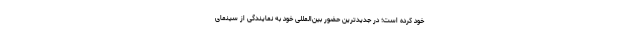
خود کرده است؛ در جدیدترین حضور بین‌المللی خود به نمایندگی از سینمای